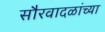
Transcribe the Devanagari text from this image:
सौरवादळांच्या